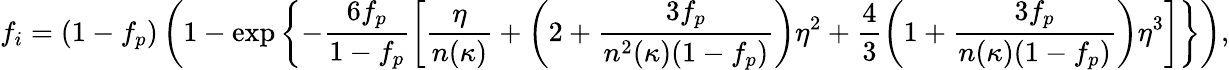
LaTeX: f_{i}=(1-f_{p})\left(1-\exp\left\{ -\frac{6f_{p}}{1-f_{p}}\left[\frac{\eta}{n(\kappa)}+\left(2+\frac{3f_{p}}{n^{2}(\kappa)(1-f_{p})}\right)\eta^{2}\right.\right.\right.+\left.\left.\left.\frac{4}{3}\left(1+\frac{3f_{p}}{n(\kappa)(1-f_{p})}\right)\eta^{3}\right]\right\} \right),